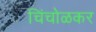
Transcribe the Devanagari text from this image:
चिंचोळकर